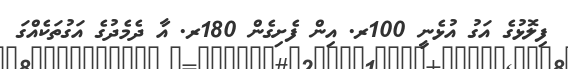
ފިލޮޅުގެ އަގު އުޅެނީ 100ރ. އިން ފެށިގެން 180ރ. އާ ދެމެދުގެ އަގުތަކެއްގަ